[Report on the health of British troops in the Madras command]
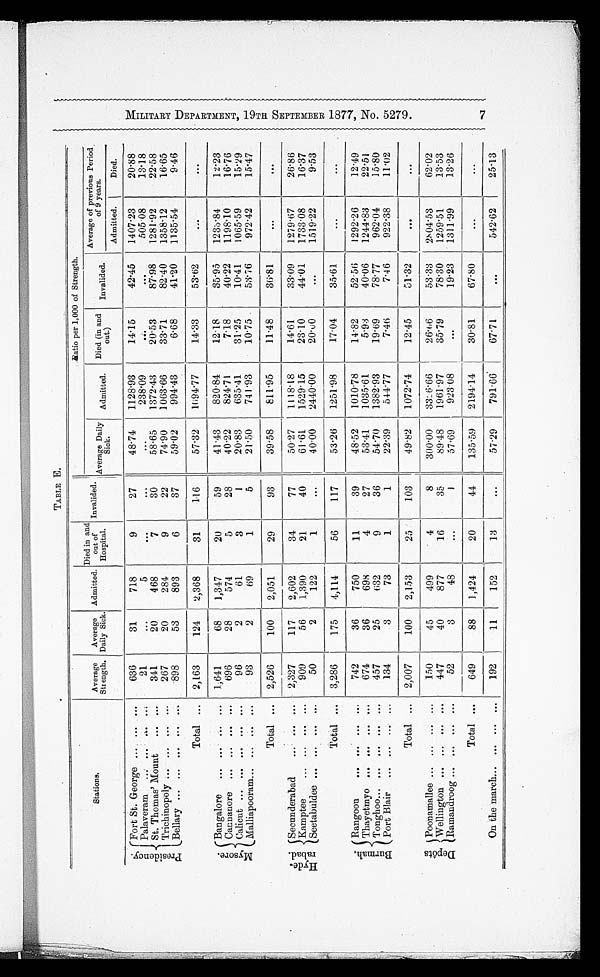
TABLE E.
Stations.
Average
Strength,
Average
Daily Sick.
Admitted.
Died in and
out of
Hospital.
Invalided.
R
a t i o p e r 1 , 0 0 0 o f S t r e n g t h .
Average Daily
Sick.
Admitted. Died (in and
out.)
Invalided.
Average of previous Period
of 9 years.
Admitted.
Died.
P r e s i d e n c y . Fort St. George ... . . . . . .
636
31
718
27
48.74
1128.93
14.15
42.45
1407 . 23
20.88
Palaveram
... ... ...
21
...
5
. . .
. . .
. . .
238.09
. . .
. . .
505.08
13.18
St. Thomas' Mount
... ...
341
20
468
7
30
58.65
1372.43
20.53
87.98
1281 . 92
22.58
20
74.90
82.40
16.65
284
9
22
1063 . 66
33.71
1358 . 12
Trichinopoly ... ... ... ...
267
898
53
6
59.02
Bellary ... ... ... ... ...
893
37
994.43
6.68
1135 . 54
41.20
9.46
2,163
124
2,368
31
116
57.32
1694.77
14.33
53.62
. . .
. . .
Total ...
M y s o r e . Bangalore
...
...
1,641
68
1,347
20
59
41.43
820.84
12.18
35.95
1233.84
12.23
Cannanore ... ... ... ...
5
40.22
824.71
7.18
28
574
28
40.22
1198.10
696
16.76
96
2
61
I
31.25
1065.59
15.29
Calicut ... ... ... ... ...
3
20.83
635.41
10.41
741.93
53.76
972.42
Malliapooram... ... ... ...
93
2
69
1
5
21.50
10.75
15.47
2,526
100
2,051
29
93
39.58
811.95
11.48
3681
. . .
. . .
Total ...
H y d e r a b a d .
S e c u n d e r v a d . . . . .
2,327
117
2,602
34
77
50.27
1118.18
14.61
33.09
1279.67
26.86
Kamptee
... ... ... ...
909
56
1,390
21
40
61.61
1529.15
2310
44.01
1733.08
16.37
Seetabuldee ... ... ... ...
50
2
122
1
. . .
40.00
2440 . 00
20.00
. . .
1519.22
9.53
Total ...
3,286
175
4,114
56
117
53.26
1251 . 98
17.04
35.61
. . .
. . .
B u r m a h . Rangoon
... ... ...
...
742
36
750
11
39
48.52
1010.78
14.82
52.56
1292.26
12.49
Thayetmyo ... ... ... ...
674
36
698
4
27
53.41
1035.61
5.93
40.06
1244.83
22.51
Tonghoo
... ... ...
. . .
457
25
632
9
36
54.70
1382 . 93
19.69
78.77
962.04
15.80
Port Blair
... ...
. . .
134
3
73
1
1
22.39
514.77
7.46
7.46
922.38
11.62
Total ...
2,007
100
2,153
25
103
49.82
1072 . 74
12.45
51.32
. . .
. . .
D e p ô t s Poonamallee ... ... ... ...
150
45
499
4
8
300.00
83:6 . 66
26.66
53.33
2804 . 53
62.02
Wellington ... ... ... ...
447
40
877
16
35
89.48
1961.97
35.79
78.30
1259.51
13.53
Ramandroog ... ... ... ...
52
3
48
. . .
I
57.69
923.08
. . .
19.23
1311 .99
13.26
Total
649
88
1,424
20
44
135.59
219414
30.81
67.80
....
. . .
On the march... ... ... ...
192
11
152
13
. . .
57.29
791.66
67.71
. . .
542.62
2513
M I L T A R Y D E P A R T M E N T , 1 9 T H S E P T E M B E R 1 8 7 7 , N O . 5 2 7 9 .